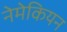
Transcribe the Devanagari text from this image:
नेमेकियन